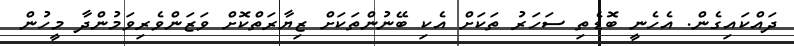
ދައްކައިގެން. އެހެނީ ބޮޑެތި ސަހަރު ތަކަށް އެކި ބޭނުންތަކަށް ޒިޔާރަތްކޮށް ވަޒަންވެރިވަމުންދާ މީހުން